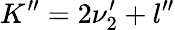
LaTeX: K^{\prime\prime}=2\nu_{2}^{\prime}+l^{\prime\prime}